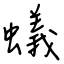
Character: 蟻